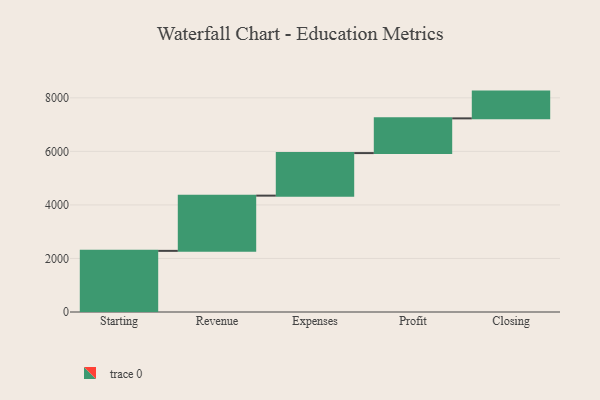
{"axis": {"x": "Step", "y": "Value"}, "legend": [""], "data": [{"x": "Starting", "y": 2284.0, "type": ""}, {"x": "Revenue", "y": 2063.0, "type": ""}, {"x": "Expenses", "y": 1589.0, "type": ""}, {"x": "Profit", "y": 1297.0, "type": ""}, {"x": "Closing", "y": 1000, "type": ""}]}